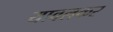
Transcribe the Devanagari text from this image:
यावलकर